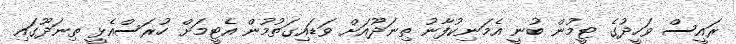
ރައީސް ވަހީދުގެ ޓީމުން ބުނީ އެމަނިކުފާނު ތިނަދޫއަށް ވަޑައިގަތުމުން އެޓީމަށް ހުރަސްއެޅީ ތިނަދޫގައި